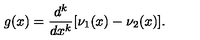
g ( x ) = \frac { d ^ { k } } { d x ^ { k } } [ \nu _ { 1 } ( x ) - \nu _ { 2 } ( x ) ] .